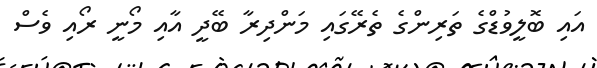
އައި ބޮލީވުޑްގެ ތަރިންގެ ތެރޭގައި މަންދިރާ ބޭދީ އާއި މޯނީ ރޯއި ވެސް